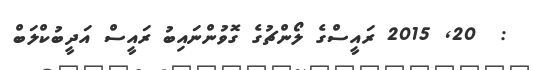
:  20